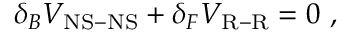
\delta _ { B } V _ { \mathrm { N S - N S } } + \delta _ { F } V _ { \mathrm { R - R } } = 0 ~ ,